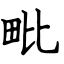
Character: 毗